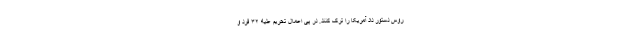
روس دستور داد آمریکا را ترک کنند. در پی اعمال تحریم علیه ۳۲ فرد و